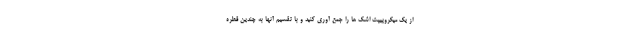
از یک میکروپیپت اشک ها را جمع آوری کنید و با تقسیم آنها به چندین قطره